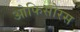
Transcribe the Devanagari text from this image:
ओफिसोरस